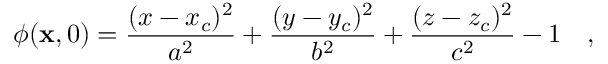
\phi ( \mathbf { x } , 0 ) = \frac { ( x - x _ { c } ) ^ { 2 } } { a ^ { 2 } } + \frac { ( y - y _ { c } ) ^ { 2 } } { b ^ { 2 } } + \frac { ( z - z _ { c } ) ^ { 2 } } { c ^ { 2 } } - 1 \quad ,